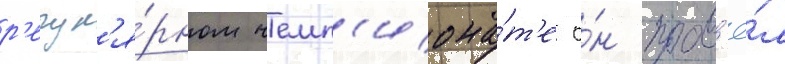
р'егул'я́рном чемп'иона́т'е о́н пров'ё́л